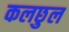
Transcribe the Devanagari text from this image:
कलछुल